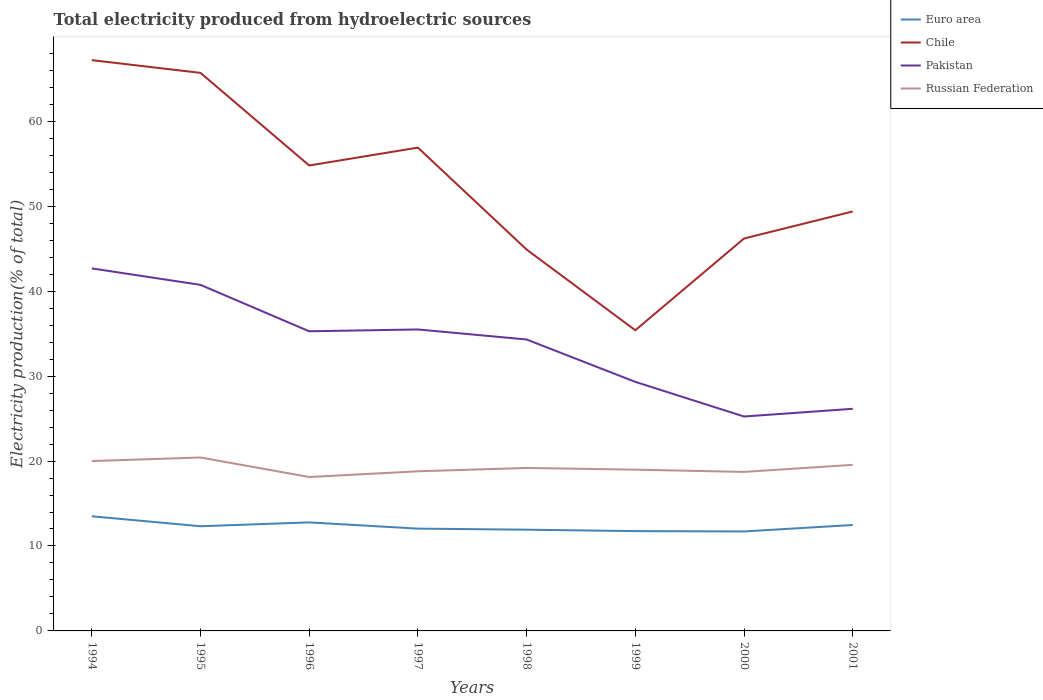
| Years | Euro area | Chile | Pakistan | Russian Federation |
 | --- | --- | --- | --- | --- |
 | 1994 | 13.5 | 67.2 | 42.7 | 20 |
 | 1995 | 12.3 | 65.7 | 40.7 | 20.4 |
 | 1996 | 12.8 | 54.8 | 35.3 | 18.1 |
 | 1997 | 12 | 56.9 | 35.5 | 18.8 |
 | 1998 | 11.9 | 44.9 | 34.3 | 19.2 |
 | 1999 | 11.8 | 35.4 | 29.3 | 19 |
 | 2000 | 11.7 | 46.2 | 25.2 | 18.7 |
 | 2001 | 12.5 | 49.4 | 26.2 | 19.6 |